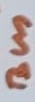
Text: Bus